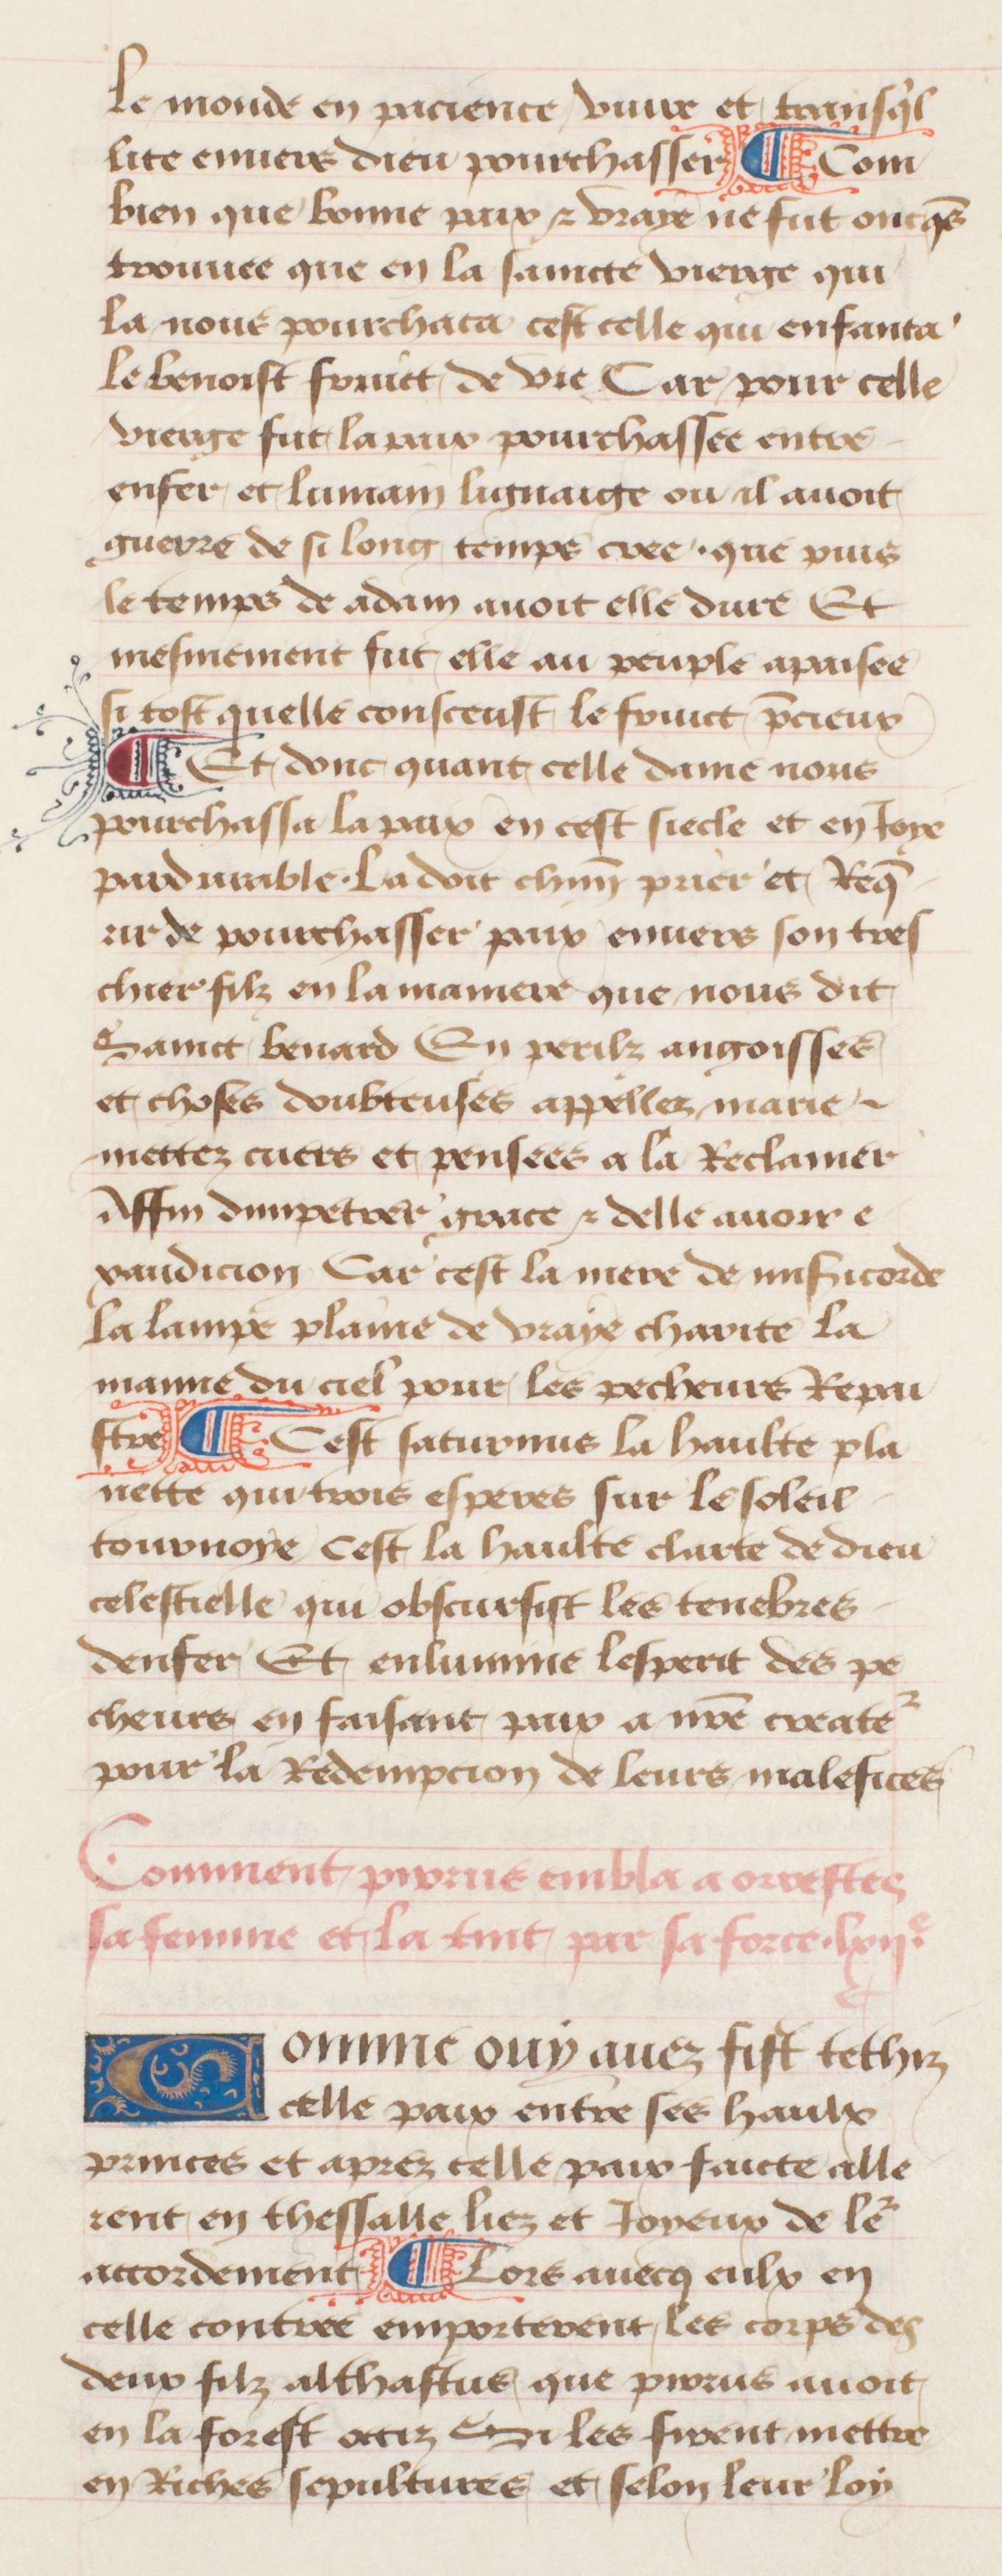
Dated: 1457–1482